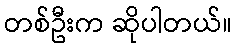
တစ်ဦးက ဆိုပါတယ်။